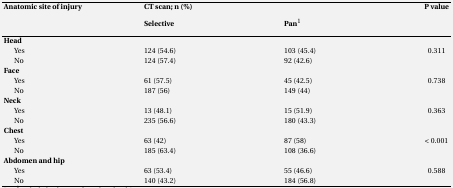
<table><thead><tr><td rowspan="2"><b>Anatomic site of injury</b></td><td colspan="2"><b>CT scan; n (%)</b></td><td rowspan="2"><b>P value</b></td></tr><tr><td><b>Selective</b></td><td><b>Pan1</b></td></tr></thead><tbody><tr><td><b>Head</b></td><td></td><td></td><td></td></tr><tr><td>Yes </td><td>124 (54.6)</td><td>103 (45.4)</td><td>0.311</td></tr><tr><td>No</td><td>124 (57.4)</td><td>92 (42.6)</td><td></td></tr><tr><td><b>Face</b></td><td></td><td></td><td></td></tr><tr><td>Yes </td><td>61 (57.5)</td><td>45 (42.5)</td><td>0.738</td></tr><tr><td>No</td><td>187 (56)</td><td>149 (44)</td><td></td></tr><tr><td><b>Neck</b></td><td></td><td></td><td></td></tr><tr><td>Yes </td><td>13 (48.1)</td><td>15 (51.9)</td><td>0.363</td></tr><tr><td>No</td><td>235 (56.6)</td><td>180 (43.3)</td><td></td></tr><tr><td><b>Chest</b></td><td></td><td></td><td></td></tr><tr><td>Yes </td><td>63 (42)</td><td>87 (58)</td><td>&lt; 0.001</td></tr><tr><td>No</td><td>185 (63.4)</td><td>108 (36.6)</td><td></td></tr><tr><td><b>Abdomen and hip</b></td><td></td><td></td><td></td></tr><tr><td>Yes </td><td>63 (53.4)</td><td>55 (46.6)</td><td>0.588</td></tr><tr><td>No</td><td>140 (43.2)</td><td>184 (56.8)</td><td></td></tr></tbody></table>